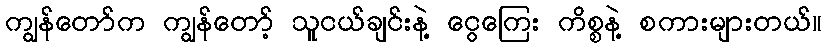
ကျွန်တော်က ကျွန်တော့် သူငယ်ချင်းနဲ့ ငွေကြေး ကိစ္စနဲ့ စကားများတယ်။